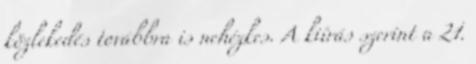
közlekedés továbbra is nehézkes. A kiírás szerint a 21.